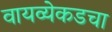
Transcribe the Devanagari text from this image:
वायव्येकडचा